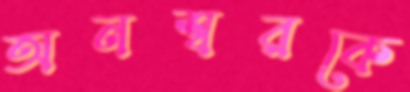
অনশ্বরকে